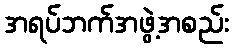
အရပ်ဘက်အဖွဲ့အစည်း